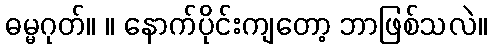
ဓမ္မဂုတ်။ ။ နောက်ပိုင်းကျတော့ ဘာဖြစ်သလဲ။